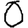
Digit: 0